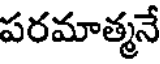
పరమాత్మనే